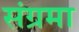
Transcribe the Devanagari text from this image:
संग्रमा